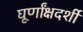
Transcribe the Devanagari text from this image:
घूर्णांक्षदर्शी